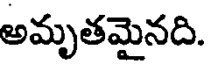
అమృతమైనది.